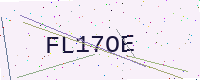
Text: FL17OE